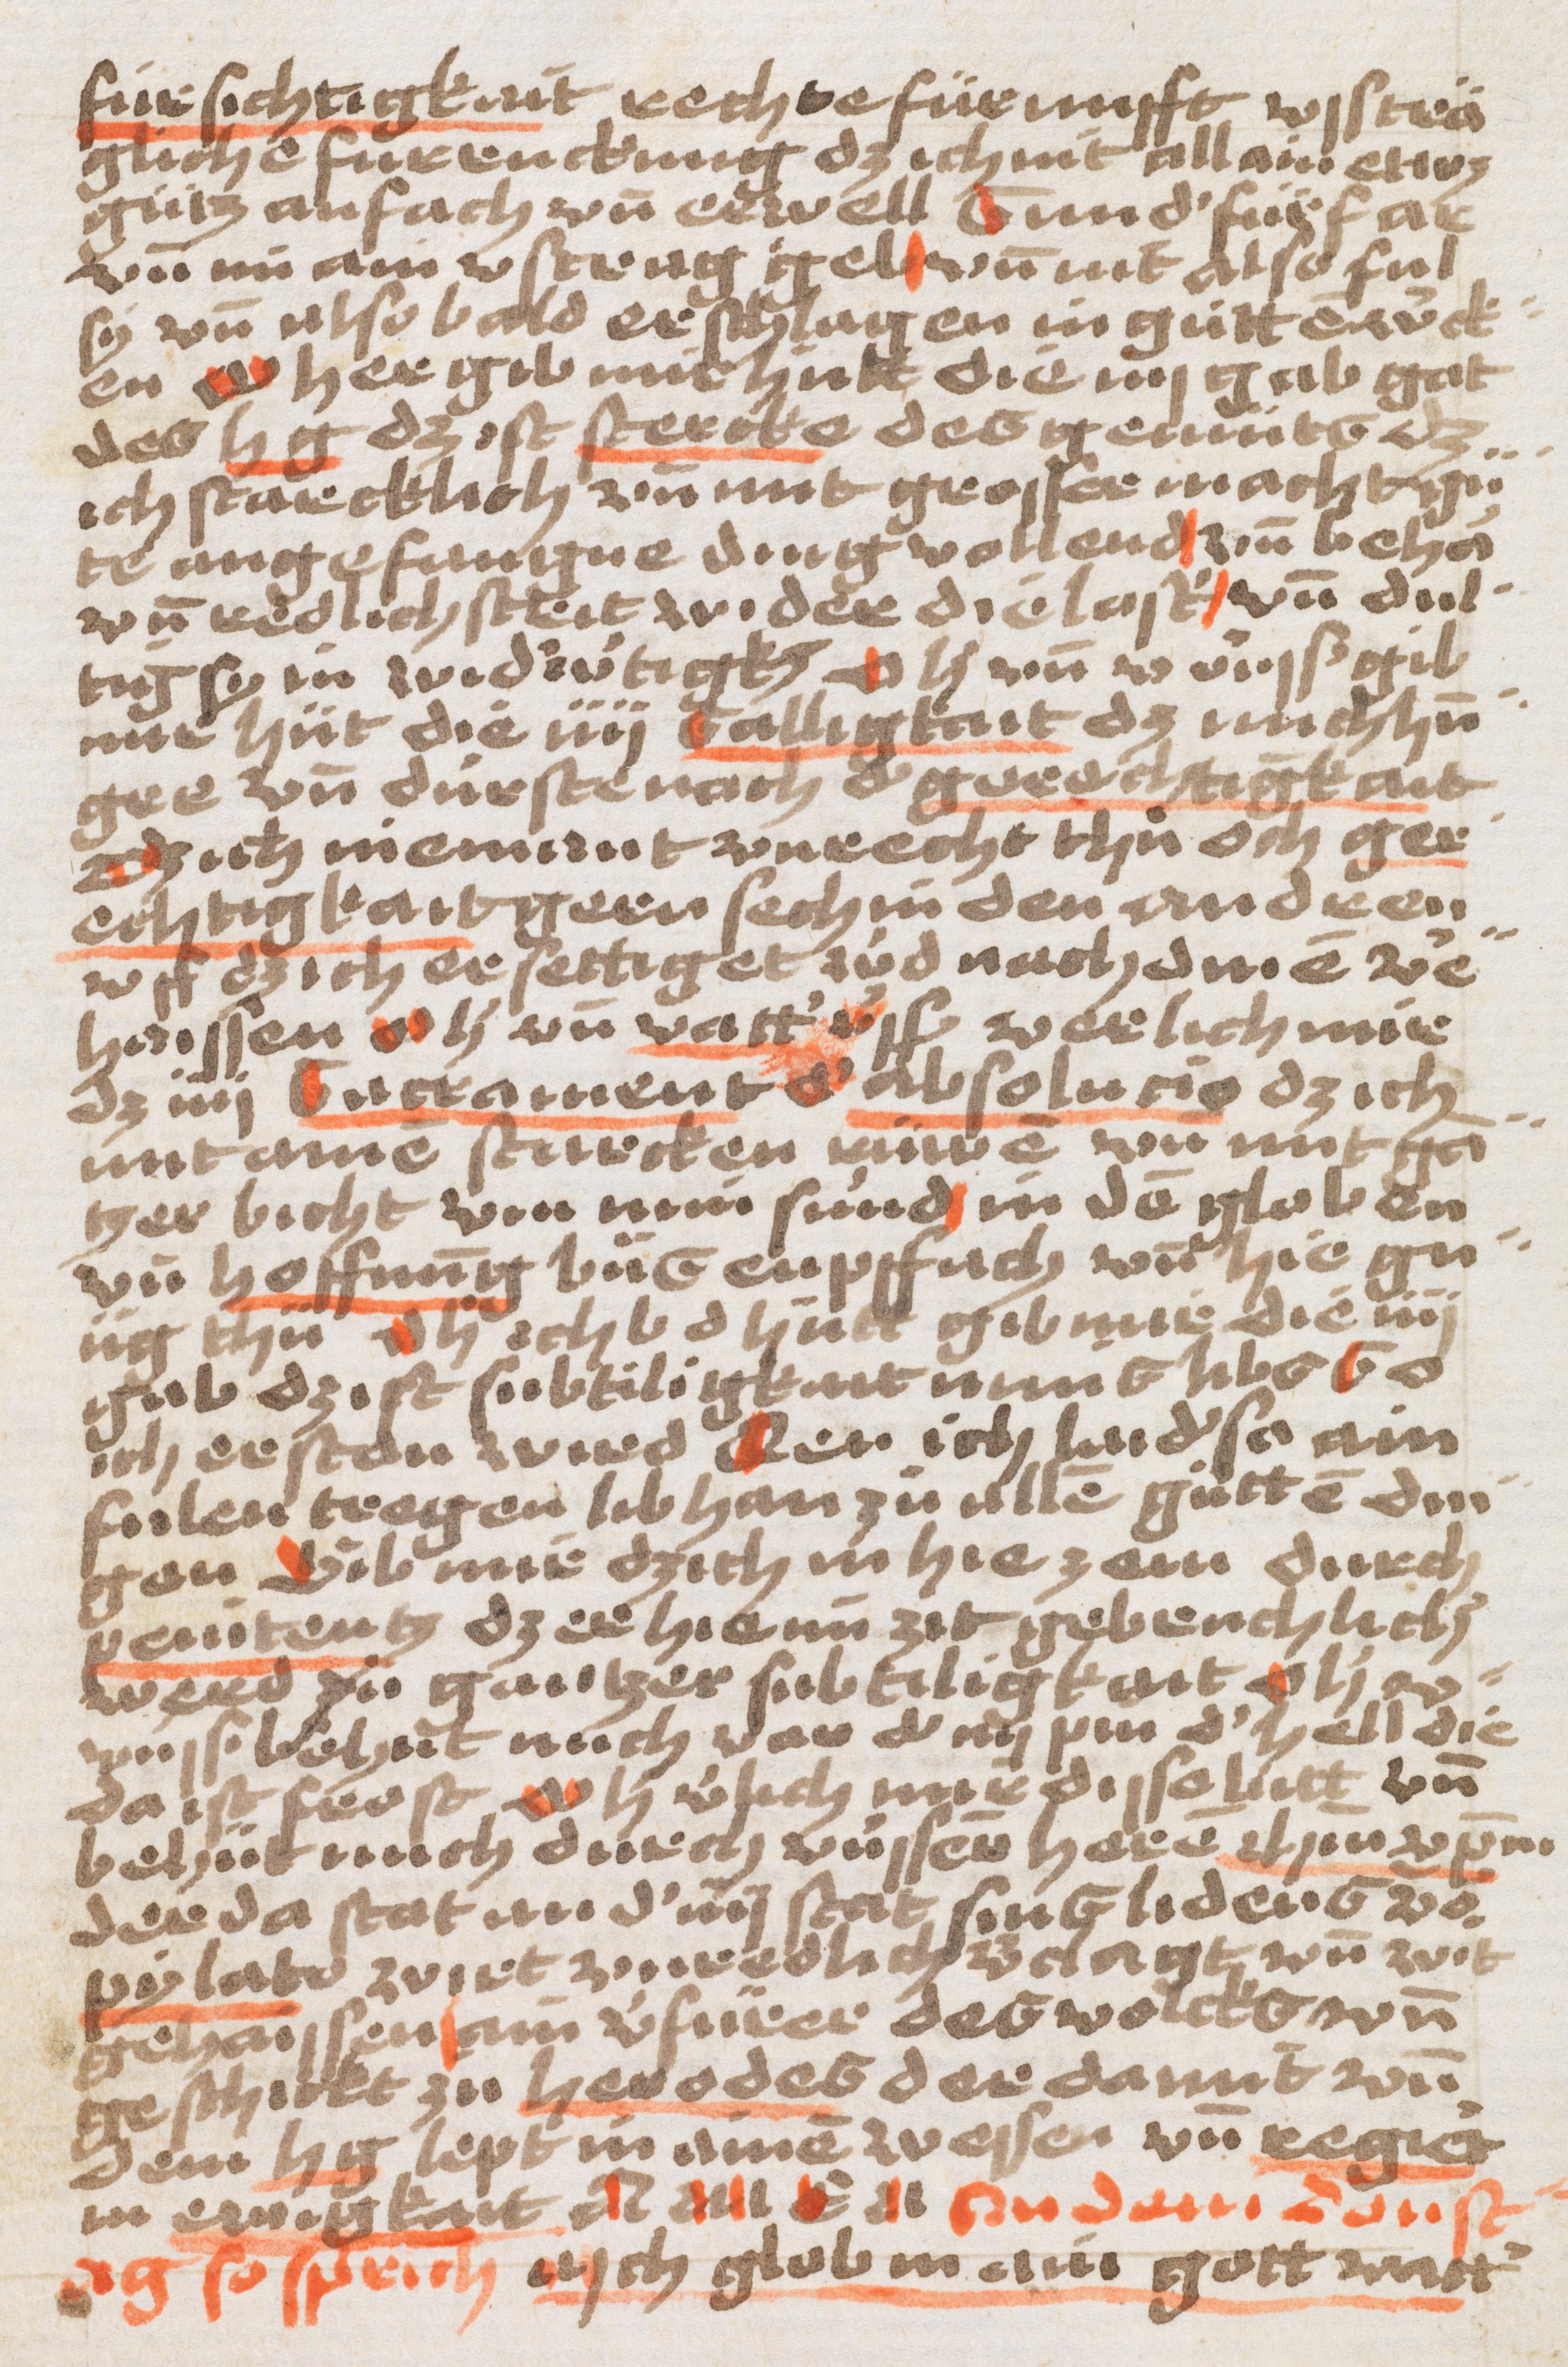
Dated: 1500–1524